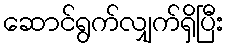
ဆောင်ရွက်လျှက်ရှိပြီး